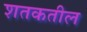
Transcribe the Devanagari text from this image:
शतकतील